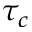
\tau _ { c }